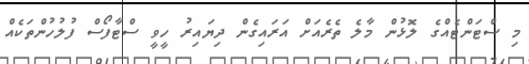
މި ސްޓަންޓެއްގެ ލޮޅުން މާލެ ތެރެއަށް އަރައިގެން ދިޔައިރު ހީވީ ސްޓާފޯސް ފުލުހުންތަކެއް